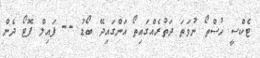
ޓެކްސީ ހުސްތޯ ނުވަތަ ދަތުރެއްގައިތޯ އަންގައިދޭ ބޯޑު -- ފައިލް ފޮޓޯ ދެން